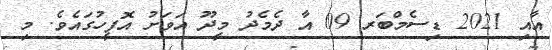
އާއި 2021 ޑިސެމްބަރ 09 އާ ދެމެދު މީދޫ އަވަށު އޮފީހުގައެވެ. މި